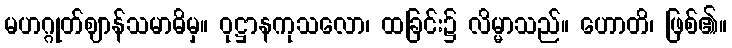
မဟဂ္ဂုတ်ဈာန်သမာဓိမှ။ ဝုဋ္ဌာနကုသလော၊ ထခြင်း၌ လိမ္မာသည်။ ဟောတိ၊ ဖြစ်၏။